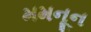
મમનૂન